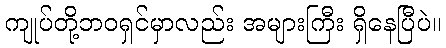
ကျုပ်တို့ဘဝရှင်မှာလည်း အများကြီး ရှိနေပြီပဲ။